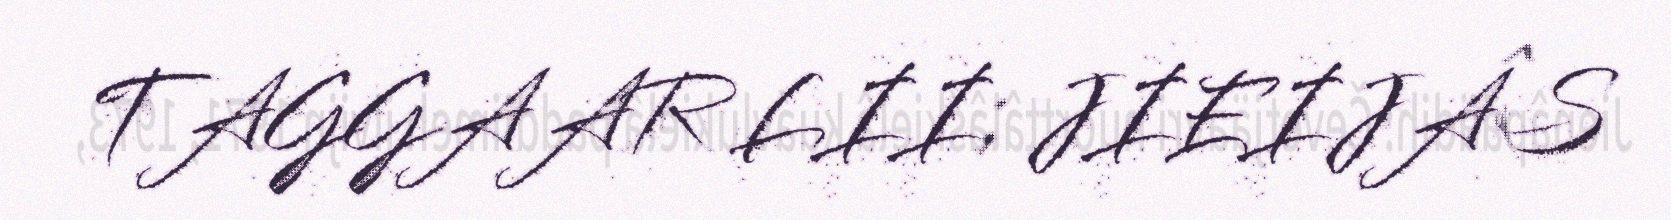
TAGGAAR LII; JIEIJÂS